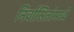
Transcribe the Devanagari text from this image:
निर्वासितांमध्ये